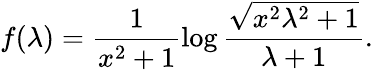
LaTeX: f(\lambda)=\frac{1}{x^{2}+1}\log\frac{\sqrt{x^{2}\lambda^{2}+1}}{\lambda+1}.